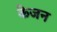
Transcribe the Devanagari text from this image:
केजन